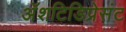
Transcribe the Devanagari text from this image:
अॅशटिडिप्रेसंट